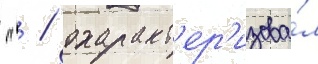
 " / охаракт'ер'изова́л